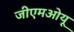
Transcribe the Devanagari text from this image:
जीएमओयू